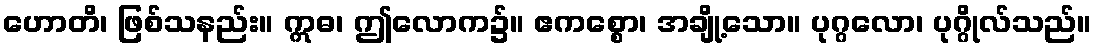
ဟောတိ၊ ဖြစ်သနည်း။ ဣဓ၊ ဤလောက၌။ ဧကစ္စော၊ အချို့သော။ ပုဂ္ဂလော၊ ပုဂ္ဂိုလ်သည်။